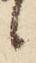
候